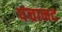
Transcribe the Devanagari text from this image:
पंचानद